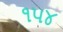
૧૫૪